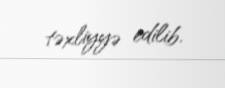
təxliyyə edilib.